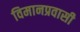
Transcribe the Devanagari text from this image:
विमानप्रवासी